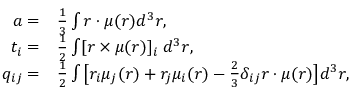
\begin{array} { r l } { a = } & { \frac { 1 } { 3 } \int \boldsymbol { r } \cdot \boldsymbol { \mu } ( \boldsymbol { r } ) d ^ { 3 } \boldsymbol { r } , } \\ { t _ { i } = } & { \frac { 1 } { 2 } \int [ \boldsymbol { r } \times \boldsymbol { \mu } ( \boldsymbol { r } ) ] _ { i } \thickspace d ^ { 3 } \boldsymbol { r } , } \\ { q _ { i j } = } & { \frac { 1 } { 2 } \int \big [ r _ { i } \mu _ { j } ( \boldsymbol { r } ) + r _ { j } \mu _ { i } ( \boldsymbol { r } ) - \frac { 2 } { 3 } \delta _ { i j } \boldsymbol { r } \cdot \boldsymbol { \mu } ( \boldsymbol { r } ) \big ] d ^ { 3 } \boldsymbol { r } , } \end{array}